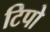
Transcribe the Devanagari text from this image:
टिपो